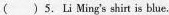
()5. Li Ming 's shirt is blue.